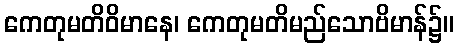
ကေတုမတိဝိမာနေ၊ ကေတုမတိမည်သောဗိမာန်၌။